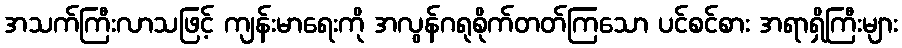
အသက်ကြီးလာသဖြင့် ကျန်းမာရေးကို အလွန်ဂရုစိုက်တတ်ကြသော ပင်စင်စား အရာရှိကြီးများ